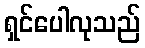
ရှင်ပေါလုသည်